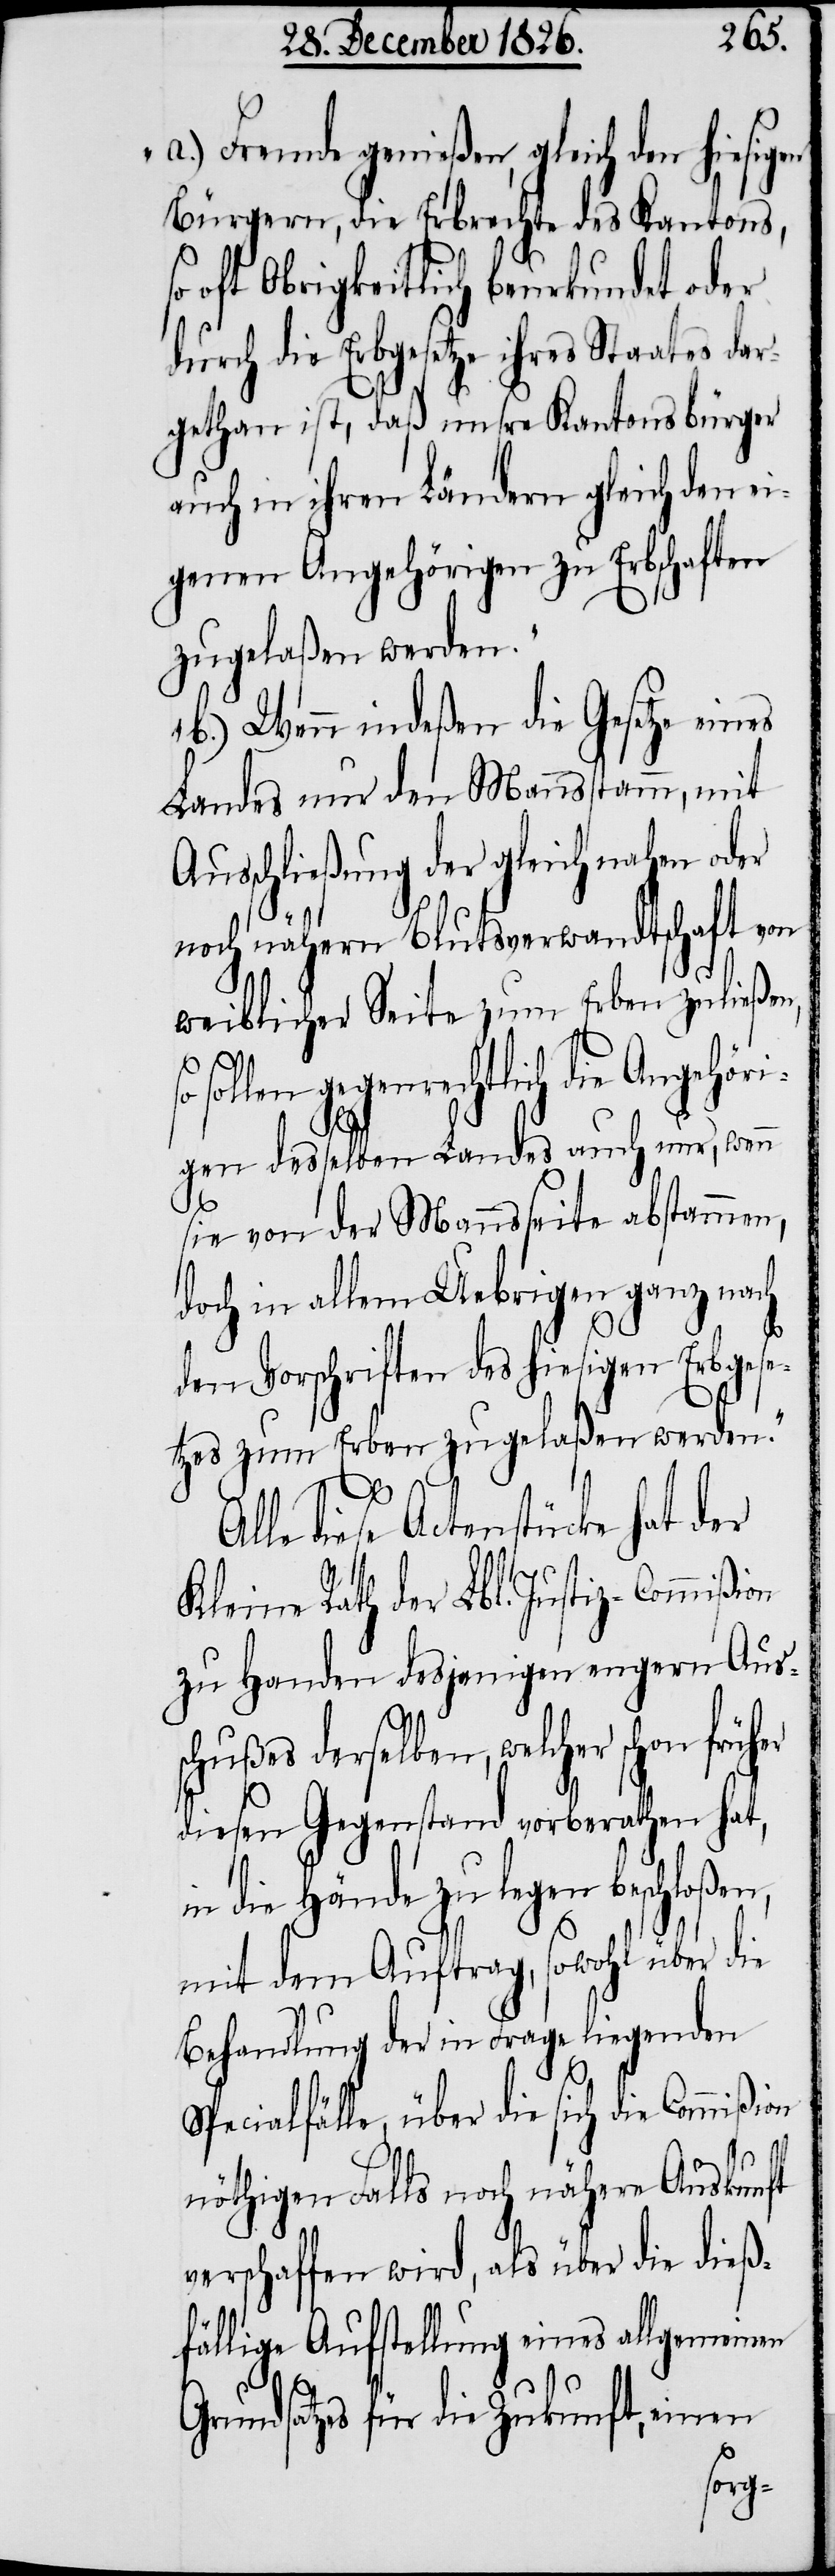
„a.) Fremde genießen, gleich den hiesigen
Bürgern, die Erbrechte des Kantons,
oft Obrigkeitlich beurkundet oder
durch die Erbgesetze ihres Staates dar¬
gethan ist, daß unsre Kantonsbürger
auch in ihren Ländern gleich den ei¬
genen Angehörigen zu Erbschaften
zugelaßen werden.
b.) Wenn indeßen die Gesetze eines
Landes nur den Mannstamm, mit
Ausschließung der gleichnahen oder
noch nähern Blutsverwandtschaft von
weiblicher Seite zum Erben zuließen,
sollen gegenrechtlich die Angehöri¬
ie
gen desselben Landes auch nur, wenn
sie von der Mannseite abstammen,
doch in allem Uebrigen ganz nach
den Vorschriften des hiesigen Erbgese¬
tzes zum Erben zugelaßen werden.“
G¬
Alle diese Actenstücke hat der
Kleine Rath der Lbl. Justiz-Commiß¬
zu Handen desjenigen engern Aus¬
schußes derselben, welcher schon früh¬
diesen Gegenstand vorberathen hat,
die Hände zu legen beschloßen,
mit dem Auftrag, sowohl über d¬
Behandlung der in Frage liegenden
Specialfälle, über die sich die Commißion
nöthigen Falls noch nähere Auskunft
verschaffen wird, als über die dieß¬
fällige Aufstellung eines allgemeinen
rundsatzes für die Zukunft, einen